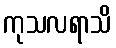
ကုသလရာသိ